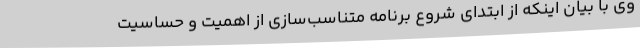
وی با بیان اینکه از ابتدای شروع برنامه متناسب‌سازی از اهمیت و حساسیت